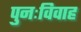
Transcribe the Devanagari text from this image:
पुनःविवाह